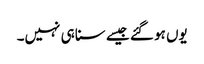
یوں ہو گئے جیسے سنا ہی نہیں۔